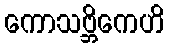
ကောသဗ္ဘိကေဟိ